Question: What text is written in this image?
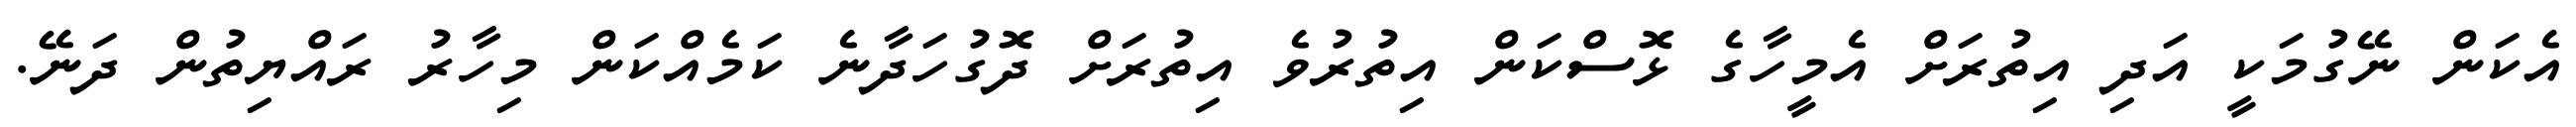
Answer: އެކަން ނޭގުމަކީ އަދި އިތުރަށް އެމީހާގެ ޅޮސްކަން އިތުރުވެ އިތުރަށް ދޮގުހަދާނެ ކަމެއްކަން މިހާރު ރައްޔިތުން ދަނޭ.